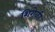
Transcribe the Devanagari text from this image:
शिरोळी